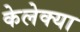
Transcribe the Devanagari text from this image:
केलेक्या